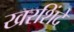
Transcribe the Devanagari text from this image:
खरशिंदे